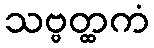
သဗ္ဗတ္ထကံ